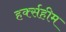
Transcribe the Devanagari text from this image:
हर्क्सहीम